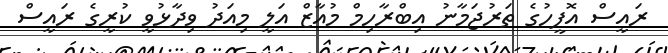
ރައީސް އޮފީހުގެ ތަރުޖަމާނު އިބްރާހިމް މުއާޒް އަލީ މިއަދު ވިދާޅުވީ ކުރީގެ ރައީސް